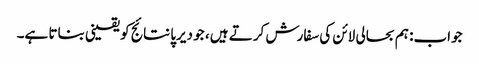
جواب: ہم بحالی لائن کی سفارش کرتے ہیں ، جو دیرپا نتائج کو یقینی بناتا ہے۔